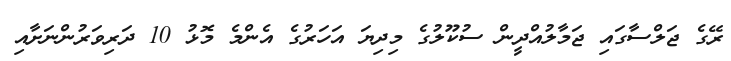
ރޭގެ ޖަލްސާގައި ޖަމާލުއްދީން ސުކޫލުގެ މިދިޔަ އަހަރުގެ އެންމެ މޮޅު 10 ދަރިވަރުންނަށާއި